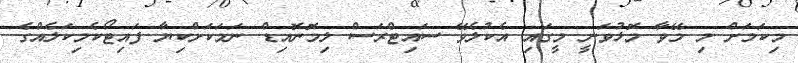
މިކަމަށް މި މޭވާ މޮޅުވަނީ މީގައި އެކުލެވޭ ސައިޓްރަސް ލިމޮނޮއިޑް ނަމަކަށްކިޔާ ފައިޓޯކެމިކަލެއްގެ